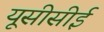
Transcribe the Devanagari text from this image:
यूसीसीई